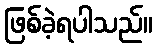
ဖြစ်ခဲ့ရပါသည်။